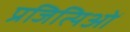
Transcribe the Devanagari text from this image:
प्रजित्यिओं